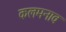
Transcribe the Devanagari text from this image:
कलमनाव